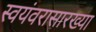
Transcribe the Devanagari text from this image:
स्वयंवरासारख्या